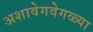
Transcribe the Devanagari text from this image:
अशावेगवेगळ्या